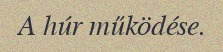
A húr működése.